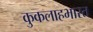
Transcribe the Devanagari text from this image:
कुकलाहभारत